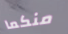
منكما